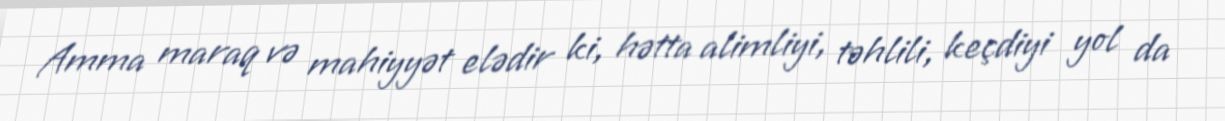
Amma maraq və mahiyyət elədir ki, hətta alimliyi, təhlili, keçdiyi yol da